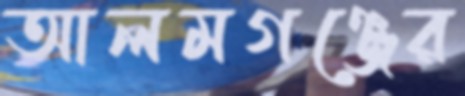
আলমগঞ্জের